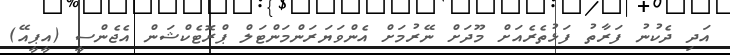
އަދި ދެކުނު ފަރާތު ފަޅުތެރެއަށް މޫދަށް ނޭރުމަށް އެންވަޔަރަންމަންޓަލް ޕްރޮޓެކްޝަން އެޖެންސީ (އީޕީއޭ)